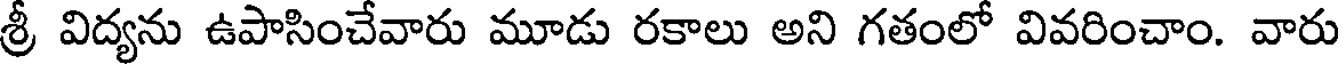
శ్రీ విద్యను ఉపాసించేవారు మూడు రకాలు అని గతంలో వివరించాం. వారు